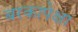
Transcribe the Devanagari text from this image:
बरकापेक्षा